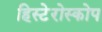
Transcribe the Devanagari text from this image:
हिस्टेरोस्कोप